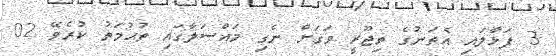
3 ފަޅާލައި އެތަނުގެ ތިޖޫރީ ވަގަށް ނެގި މައްސަލާގައި ތުޙުމަތު ކުރެވޭ 02